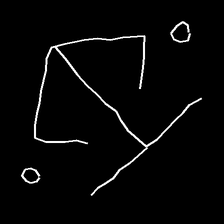
Glyph: earth